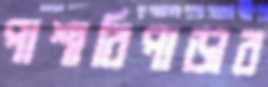
পাশারিপাড়ার